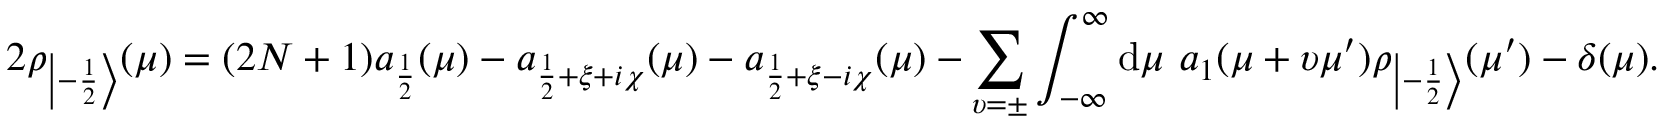
2 \rho _ { \left| - \frac 1 2 \right\rangle } ( \mu ) = ( 2 N + 1 ) a _ { \frac 1 2 } ( \mu ) - a _ { \frac { 1 } { 2 } + \xi + i \chi } ( \mu ) - a _ { \frac { 1 } { 2 } + \xi - i \chi } ( \mu ) - \sum _ { \upsilon = \pm } \int _ { - \infty } ^ { \infty } \mathrm { d } \mu ~ a _ { 1 } ( \mu + \upsilon \mu ^ { \prime } ) \rho _ { \left| - \frac 1 2 \right\rangle } ( \mu ^ { \prime } ) - \delta ( \mu ) .